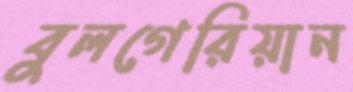
বুলগেরিয়ান